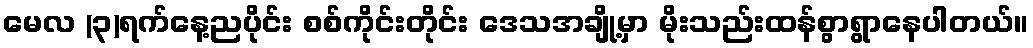
မေလ (၃)ရက်နေ့ညပိုင်း စစ်ကိုင်းတိုင်း ဒေသအချို့မှာ မိုးသည်းထန်စွာရွာနေပါတယ်။